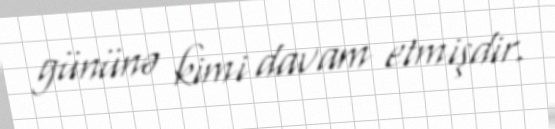
gününə kimi davam etmişdir.